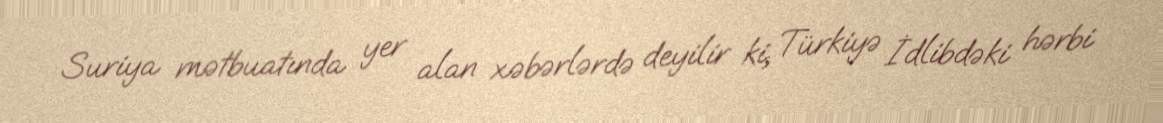
Suriya mətbuatında yer alan xəbərlərdə deyilir ki, Türkiyə İdlibdəki hərbi